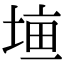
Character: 𡍠